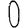
Digit: 0